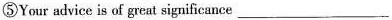
⑤Your advice is of great significance___